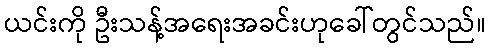
ယင်းကို ဦးသန့်အရေးအခင်းဟုခေါ်တွင်သည်။